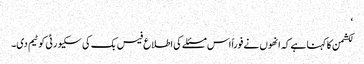
‘
لکشمن کا کہنا ہے کہ انھوں نے فوراً اس مسئلے کی اطلاع فیس بک کی سکیورٹی کو ٹیم دی۔